Indian journal of veterinary science and animal husbandry - Volume 6,
Year: 1936
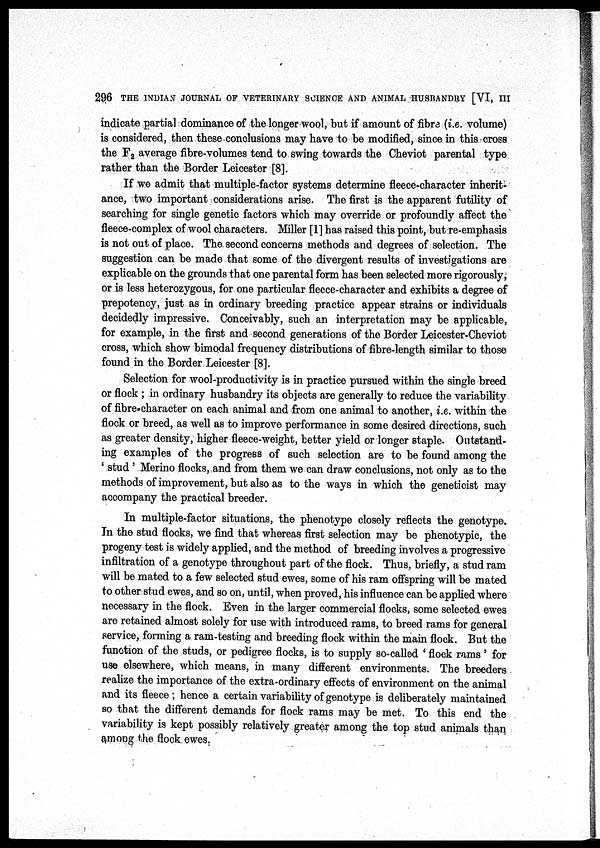
296 THE INDIAN JOURNAL OF VETERINARY SCIENCE AND ANIMAL HUSBANDRY [VI, III
indicate partial dominance of the longer wool, but if amount of fibre (i.e. volume)
is considered, then these conclusions may have to be modified, since in this cross
the F 2 average fibre-volumes tend to swing towards the Cheviot parental type
rather than the Border Leicester [8].
If we admit that multiple-factor systems determine fleece-character inherit-
ance, two important considerations arise. The first is the apparent futility of
searching for single genetic factors which may override or profoundly affect the
fleece-complex of wool characters. Miller [1] has raised this point, but re-emphasis
is not out of place. The second concerns methods and degrees of selection. The
suggestion can be made that some of the divergent results of investigations are
explicable on the grounds that one parental form has been selected more rigorously,
or is less heterozygous, for one particular fleece-character and exhibits a degree of
prepotency, just as in ordinary breeding practice appear strains or individuals
decidedly impressive. Conceivably, such an interpretation may be applicable,
for example, in the first and second generations of the Border Leicester-Cheviot
cross, which show bimodal frequency distributions of fibre-length similar to those
found in the Border Leicester [8].
Selection for wool-productivity is in practice pursued within the single breed
or flock ; in ordinary husbandry its objects are generally to reduce the variability
of fibre-character on each animal and from one animal to another, i.e. within the
flock or breed, as well as to improve performance in some desired directions, such
as greater density, higher fleece-weight, better yield or longer staple. Outstand-
ing examples of the progress of such selection are to be found among the
' stud ' Merino flocks, and from them we can draw conclusions, not only as to the
methods of improvement, but also as to the ways in which the geneticist may
accompany the practical breeder.
In multiple-factor situations, the phenotype closely reflects the genotype.
In the stud flocks, we find that whereas first selection may be phenotypic, the
progeny test is widely applied, and the method of breeding involves a progressive
infiltration of a genotype throughout part of the flock. Thus, briefly, a stud ram
will be mated to a few selected stud ewes, some of his ram offspring will be mated
to other stud ewes, and so on, until, when proved, his influence can be applied where
necessary in the flock. Even in the larger commercial flocks, some selected ewes
are retained almost solely for use with introduced rams, to breed rams for general
service, forming a ram-testing and breeding flock within the main flock. But the
function of the studs, or pedigree flocks, is to supply so-called ' flock rams' for
use elsewhere, which means, in many different environments. The breeders
realize the importance of the extra-ordinary effects of environment on the animal
and its fleece; hence a certain variability of genotype is deliberately maintained
so that the different demands for flock rams may be met. To this end the
variability is kept possibly relatively greater among the top stud animals than
among the flock ewes.